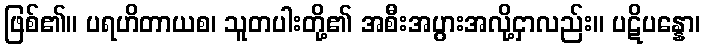
ဖြစ်၏။ ပရဟိတာယစ၊ သူတပါးတို့၏ အစီးအပွားအလို့ငှာလည်း။ ပဋိပန္နော၊